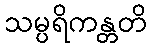
သမ္ပရိကန္တတိ